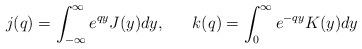
LaTeX: \begin{align*}j(q)=\int_{-\infty}^{\infty} e^{qy} J(y)dy, ~~~~~k(q)= \int_{0}^{\infty}e^{-qy} K(y)dy\end{align*}